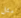
مثل